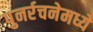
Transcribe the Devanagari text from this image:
पुनर्रचनेमध्ये